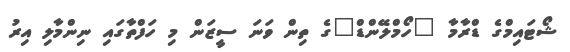
ޝޯޓައިމްގެ ޑްރާމާ "ހޯމްލޭންޑް"ގެ ތިން ވަނަ ސީޒަން މި ހަފްތާގައި ނިންމާލި އިރު